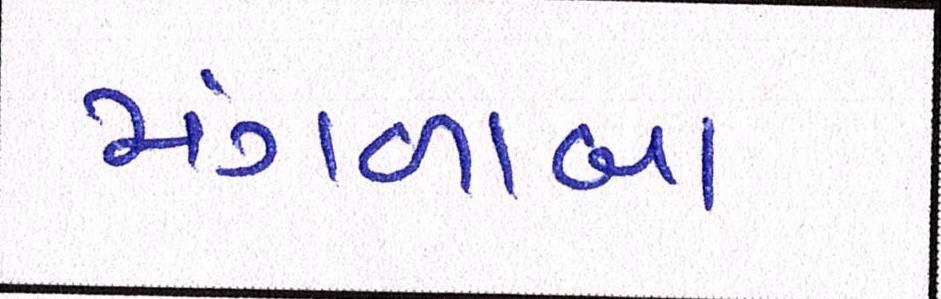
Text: મંગળાબા